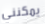
يمكنني